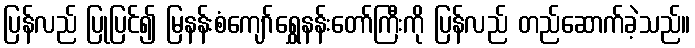
ပြန်လည် ပြုပြင်၍ မြနန်းစံကျော်ရွှေနန်းတော်ကြီးကို ပြန်လည် တည်ဆောက်ခဲ့သည်။